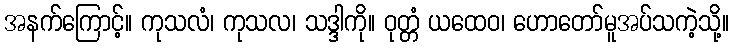
အနက်ကြောင့်။ ကုသလံ၊ ကုသလ၊ သဒ္ဒါကို။ ဝုတ္တံ ယထေဝ၊ ဟောတော်မူအပ်သကဲ့သို့။